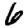
Digit: 6